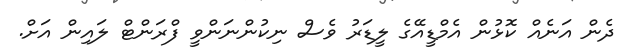
ދެން އަނެއް ކޮޅުން އެމްޑީއޭގެ ލީޑަރު ވެސް ނިކުންނަންވީ ފްރަންޓް ލައިން އަށް.